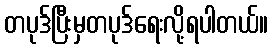
တပုဒ်ပြီးမှတပုဒ်ရေးလို့ရပါတယ်။